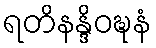
ရတိနန္ဒိဝဍ္ဎနံ